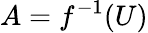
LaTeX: A=f^{-1}(U)